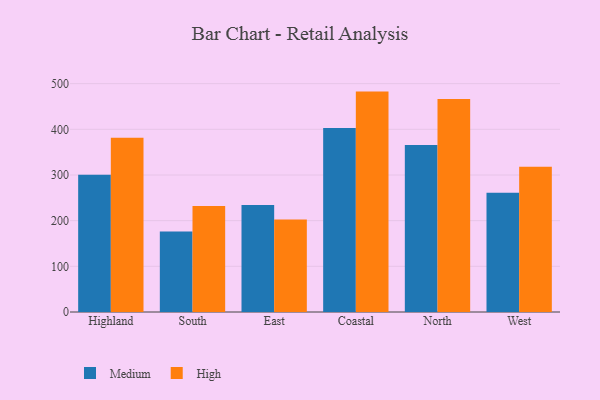
{"axis": {"x": "Region", "y": "Churn Rate (%)"}, "legend": ["High", "Medium"], "data": [{"x": "Highland", "y": 300.4, "type": "Medium"}, {"x": "Highland", "y": 381.8, "type": "High"}, {"x": "South", "y": 176.4, "type": "Medium"}, {"x": "South", "y": 231.9, "type": "High"}, {"x": "East", "y": 234.1, "type": "Medium"}, {"x": "East", "y": 202.8, "type": "High"}, {"x": "Coastal", "y": 402.9, "type": "Medium"}, {"x": "Coastal", "y": 482.6, "type": "High"}, {"x": "North", "y": 365.7, "type": "Medium"}, {"x": "North", "y": 466.2, "type": "High"}, {"x": "West", "y": 261.2, "type": "Medium"}, {"x": "West", "y": 317.8, "type": "High"}]}